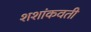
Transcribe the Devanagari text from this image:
शशांकवती